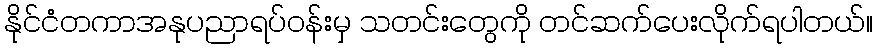
နိုင်ငံတကာအနုပညာရပ်ဝန်းမှ သတင်းတွေကို တင်ဆက်ပေးလိုက်ရပါတယ်။